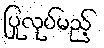
ပြုလုပ်မည့်